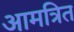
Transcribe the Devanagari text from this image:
आमत्रित